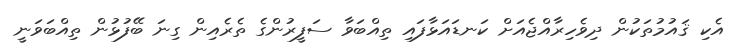
އެކި ޤައުމުތަކުން ދިވެހިރާއްޖެއަށް ކަނޑައަޅާފައި ތިއްބަވާ ސަފީރުންގެ ތެރެއިން ގިނަ ބޭފުޅުން ތިއްބަވަނީ